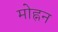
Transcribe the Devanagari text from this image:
मोह्नन